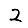
Digit: 2